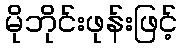
မိုဘိုင်းဖုန်းဖြင့်